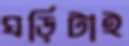
ঘড়িটাই